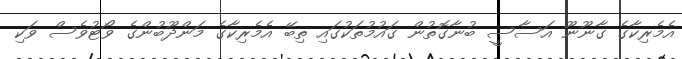
އެމެރިކާގެ ގާނޫނޫ އަސާސީ ބުނާގޮތުން ގައުމުތަކުގައި ތިބޭ އެމެރިކާގެ މަންދޫބުންގެ ވޯޓުވެސް ވަކި